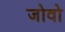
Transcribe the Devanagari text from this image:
जोवो